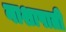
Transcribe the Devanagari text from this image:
नाशापाती